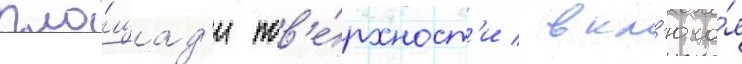
пло́щад'и пов'е́рхност'и / вкл'юча́я